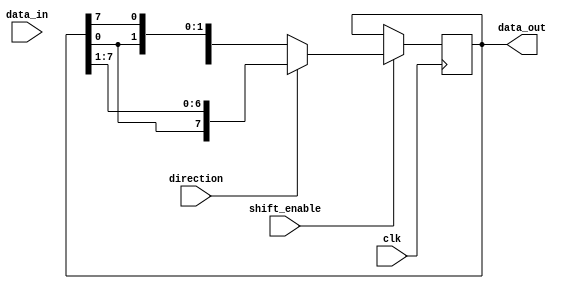
module bidirectional_shift_register (
    input wire clk,
    input wire direction,
    input wire [7:0] data_in,
    input wire shift_enable,
    output reg [7:0] data_out
);

reg [7:0] shift_reg;

always @(posedge clk) begin
    if (shift_enable) begin
        if (direction) begin
            shift_reg <= {shift_reg[0], shift_reg[7:1]};
        end else begin
            shift_reg <= {shift_reg[6:0], shift_reg[7]};
        end
    end else begin
        shift_reg <= shift_reg;
    end
end

assign data_out = shift_reg;

endmodule